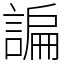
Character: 諞